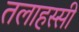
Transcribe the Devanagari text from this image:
तलाहस्सी